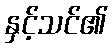
နှင့်သင်၏